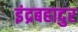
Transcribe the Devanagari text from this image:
इंद्रबहादुर